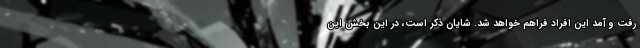
رفت و آمد این افراد فراهم خواهد شد. شایان ذکر است، در این بخش این